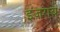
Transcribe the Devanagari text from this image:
इजराय